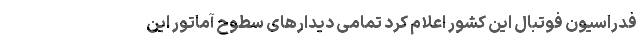
فدراسیون فوتبال این کشور اعلام کرد تمامی دیدارهای سطوح آماتور این